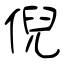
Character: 倪